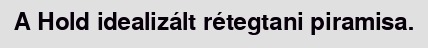
A Hold idealizált rétegtani piramisa.